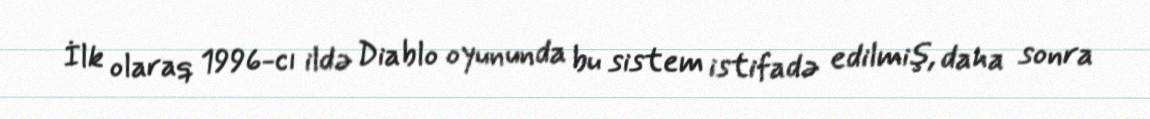
İlk olaraq 1996-cı ildə Diablo oyununda bu sistem istifadə edilmiş, daha sonra